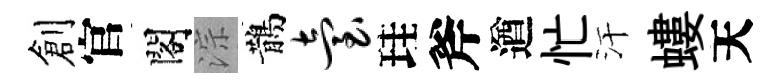
創官閣淙鵲台珪斧遒忙汗螻天